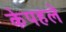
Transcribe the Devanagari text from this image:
केपहले